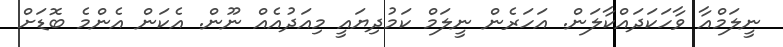
ނީލަމްއާ ވާހަކަދައްކާލަން. އަހަރެން ނީލަމް ކަމުދިޔައީ މިއަދުއެއް ނޫން. އެކަން އެންމެ ބޮޑަށް